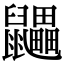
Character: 鼺